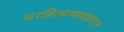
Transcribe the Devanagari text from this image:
साहित्यव्यवहारात